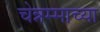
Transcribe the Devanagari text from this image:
चेन्नम्माच्या